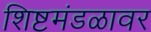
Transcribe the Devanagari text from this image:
शिष्टमंडळावर